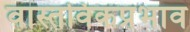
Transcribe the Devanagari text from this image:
वास्तविकप्रभाव